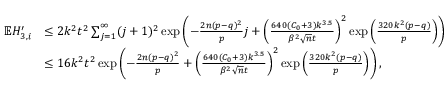
\begin{array} { r l } { \mathbb { E } H _ { 3 , i } ^ { \prime } } & { \leq 2 k ^ { 2 } t ^ { 2 } \sum _ { j = 1 } ^ { \infty } ( j + 1 ) ^ { 2 } \exp \left( - \frac { 2 n ( p - q ) ^ { 2 } } { p } j + \left( \frac { 6 4 0 ( C _ { 0 } + 3 ) k ^ { 3 . 5 } } { \beta ^ { 2 } \sqrt { n } t } \right) ^ { 2 } \exp \left( \frac { 3 2 0 k ^ { 2 } ( p - q ) } { p } \right) \right) } \\ & { \leq 1 6 k ^ { 2 } t ^ { 2 } \exp \left( - \frac { 2 n ( p - q ) ^ { 2 } } { p } + \left( \frac { 6 4 0 ( C _ { 0 } + 3 ) k ^ { 3 . 5 } } { \beta ^ { 2 } \sqrt { n } t } \right) ^ { 2 } \exp \left( \frac { 3 2 0 k ^ { 2 } ( p - q ) } { p } \right) \right) , } \end{array}